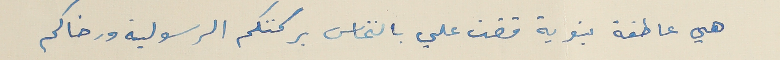
هي عاطفة بنوية قضت علي بالتماس بركتكم الرسولية ورضاكم